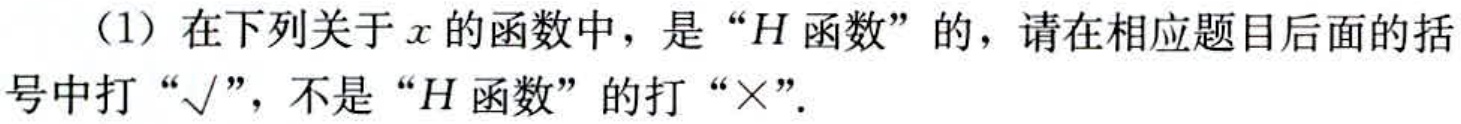
（1）在下列关于\(x\)的函数中，是“\(H\)函数”的，请在相应题目后面的括号中打“√”，不是“\(H\)函数”的打“×”．